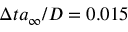
\Delta t a _ { \infty } / D = 0 . 0 1 5